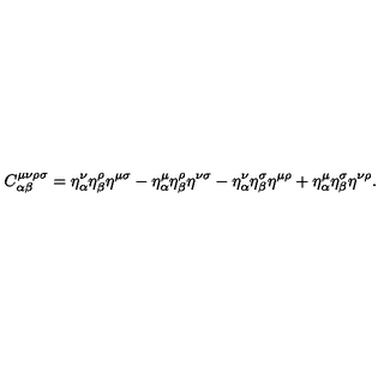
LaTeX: C _ { \alpha \beta } ^ { \mu \nu \rho \sigma } = \eta _ { \alpha } ^ { \nu } \eta _ { \beta } ^ { \rho } \eta ^ { \mu \sigma } - \eta _ { \alpha } ^ { \mu } \eta _ { \beta } ^ { \rho } \eta ^ { \nu \sigma } - \eta _ { \alpha } ^ { \nu } \eta _ { \beta } ^ { \sigma } \eta ^ { \mu \rho } + \eta _ { \alpha } ^ { \mu } \eta _ { \beta } ^ { \sigma } \eta ^ { \nu \rho } .